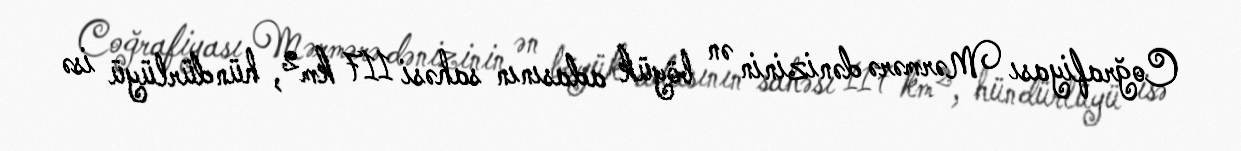
Coğrafiyası Mərmərə dənizinin ən böyük adasının sahəsi 117 km², hündürlüyü isə